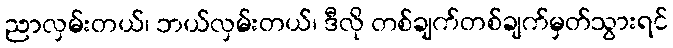
ညာလှမ်းတယ်၊ ဘယ်လှမ်းတယ်၊ ဒီလို တစ်ချက်တစ်ချက်မှတ်သွားရင်